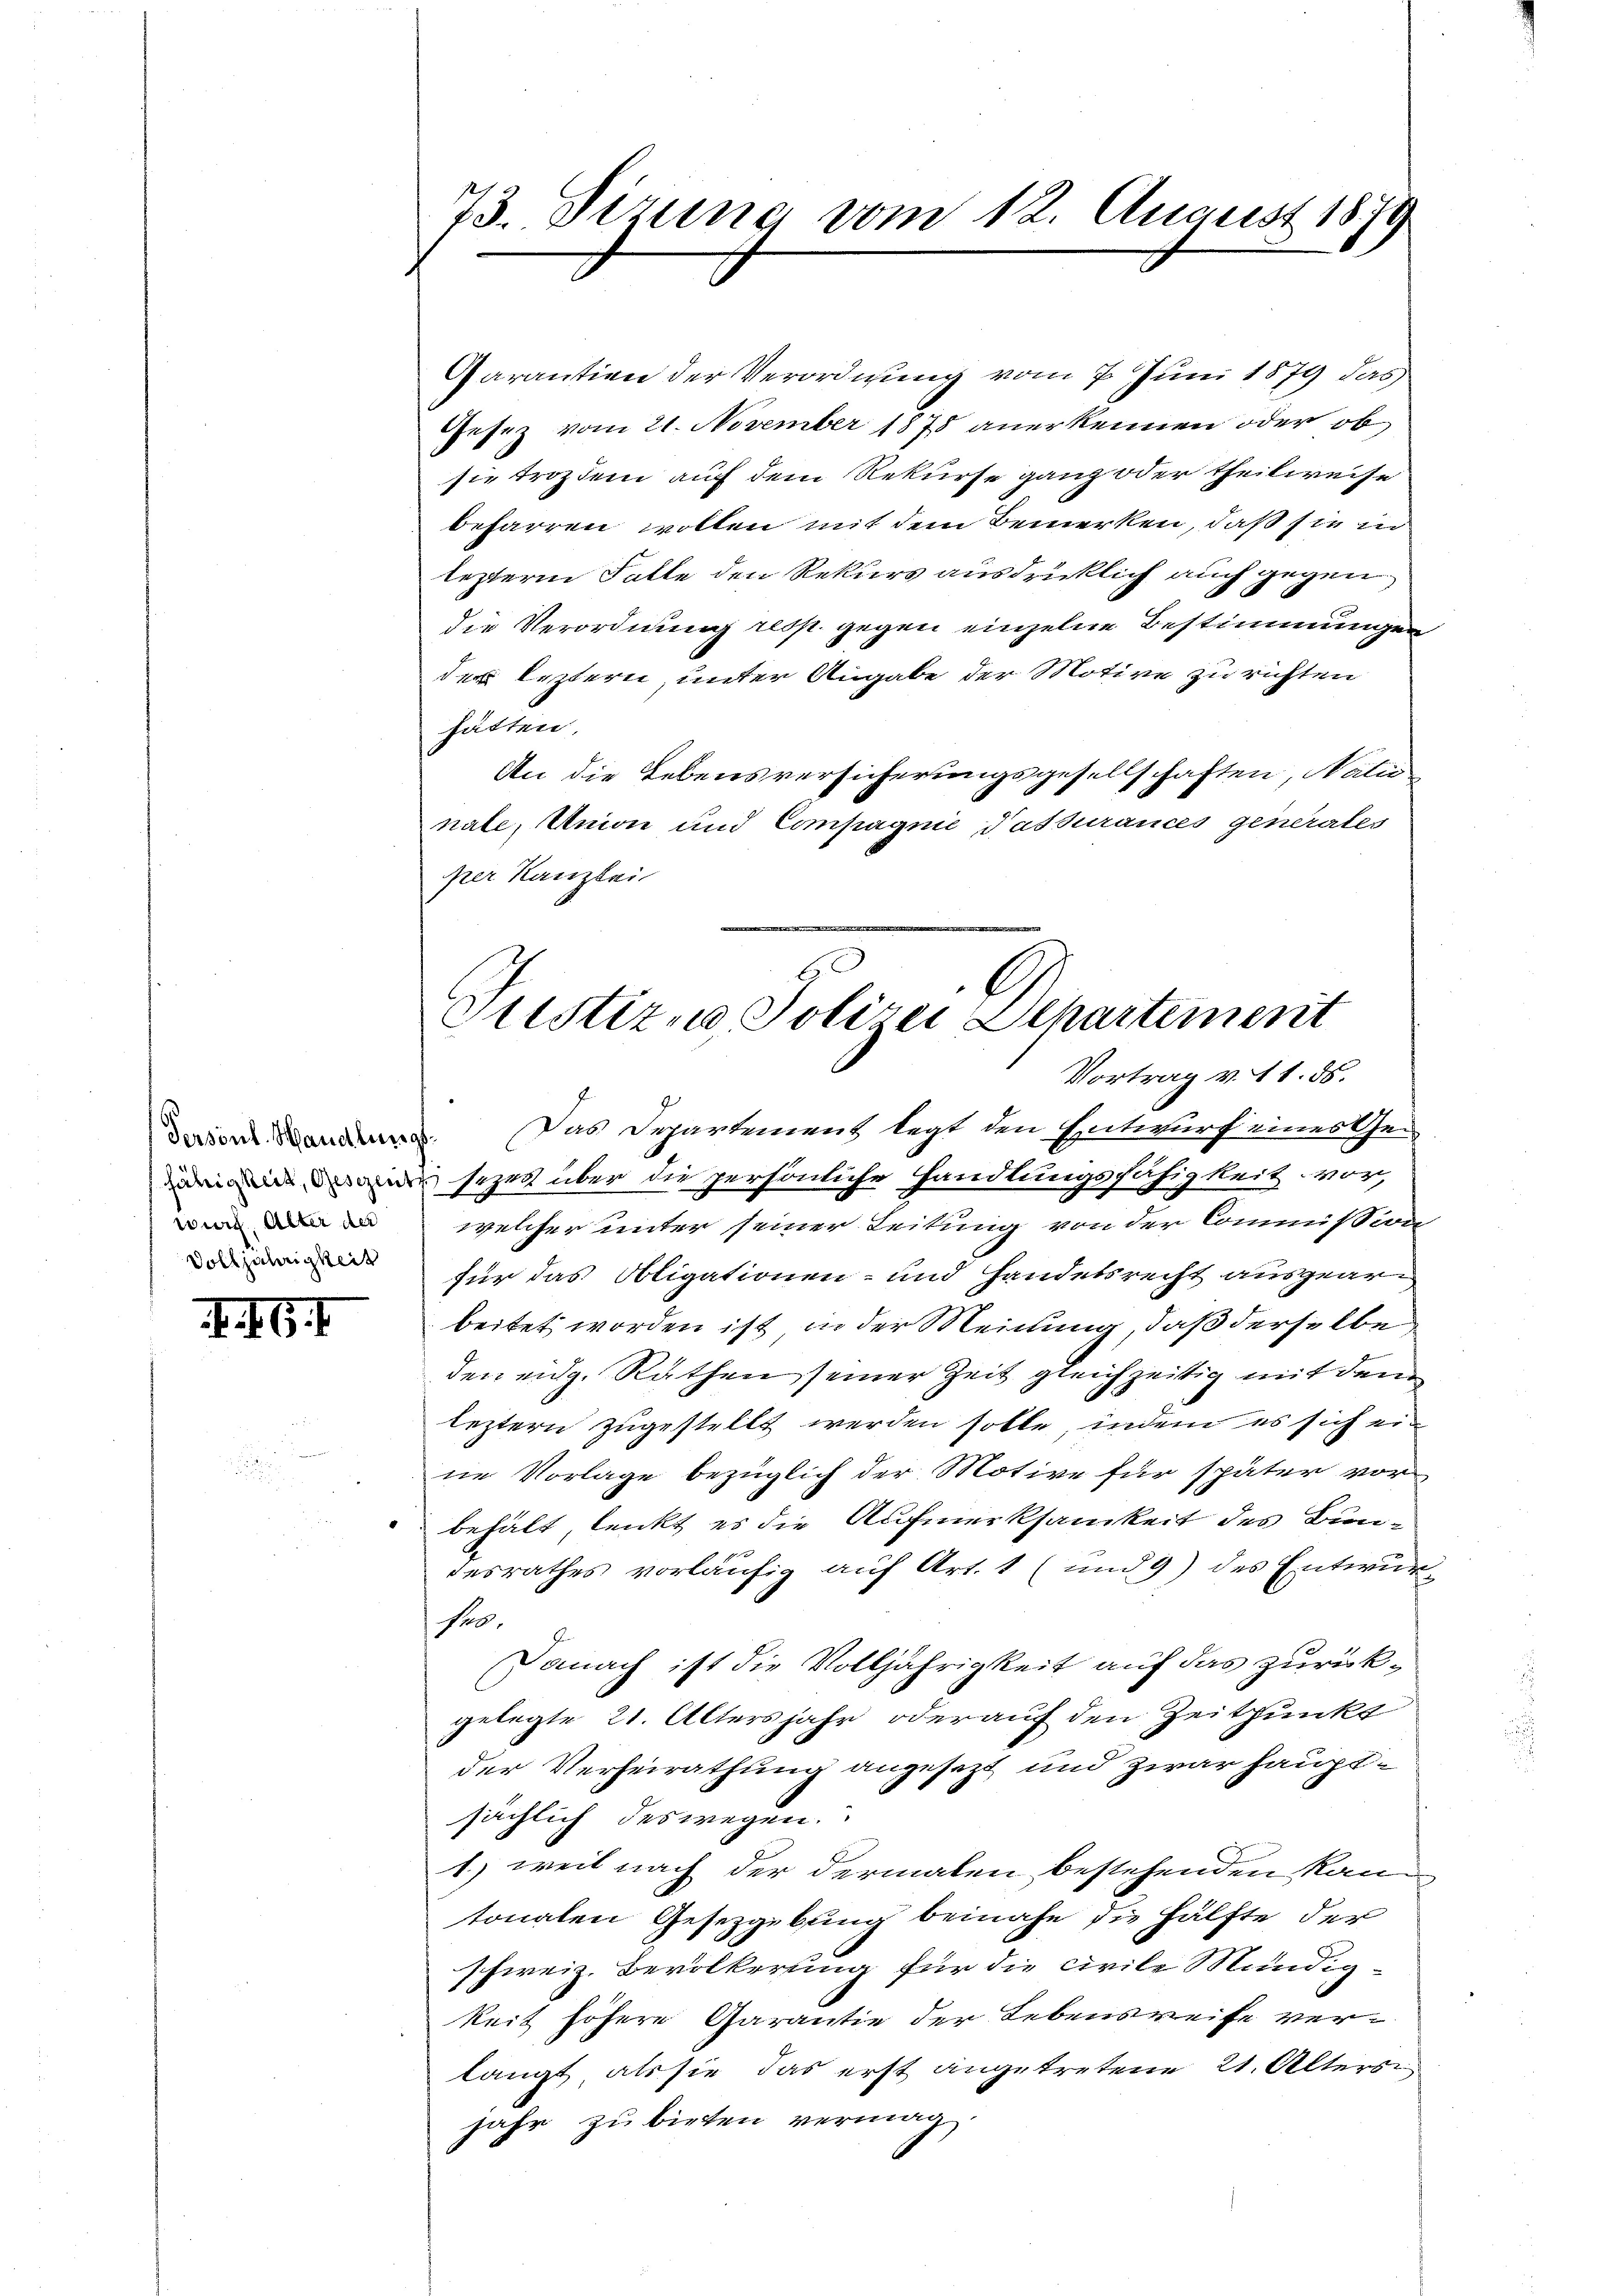
wurf. Alter der
Volljährigkeit

. 67

Garantien der Verordnung vom 7. Juni 1879 das
Gesez vom 21. November 1878 anerkennen oder ob
sie trozdem auf dem Rekurse ganz oder theilweise
befarren wollen mit dem Bemerken, daß sie in
lezterm Falle den Rekurs ausdrücklich auch gegen
die Verordnung resp. gegen einzelne Bestimmungen
der leztern, unter Angabe der Motive zu richten
hätten.
An die Lebensversicherungsgesellschaften, Natio
nate, Anion und Compagnie Passurances generales
per Kanzlei

73. Sizung vom 12. August 1879

Vortrag v. 11. 85.
davon. Das Departement legt den Entwurf eines Ge¬
 sezeg über die persönliche handlungsfähigkeit vor,
f
welcher unter seiner Leitung von der Commission
für das Obligationen- und Handelsrecht ausgearn
beitet worden ist in der Meinung, daß derselbe
den eidg. Räthen seiner Zeit gleichzeitig mit dem
leztern zugestellt werden solle, indem es sich eine Vorlage bezüglich der Motive für später vorbehält, lenkt es die Aufmerksamkeit des Bundesrathes vorläufig auf Art. 1 (und 9) des Entwur¬
Feb.
Danach ist die Volljährigkeit auf das zurückgelegte 21. Altersjahr oder auf den Zeitpunkt
der Verheirathung angesezt und zwar hauptsächlich deswegen.
1.) weil nach der dermalen bestehenden Kantonalen Gesetzgebung beinahe die Hälfte der
schweiz. Bevölkerung für die civile Mündig-
keit höhere Garantie der Lebensweise verlangt als sie das erst angetretene 21. Alters
jahr zu bieten vermag

Justizna, Polizei Dehartement